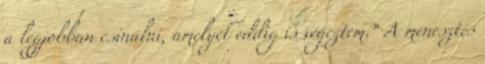
a legjobban csinálni, amelyet eddig is végeztem.” A menesztés